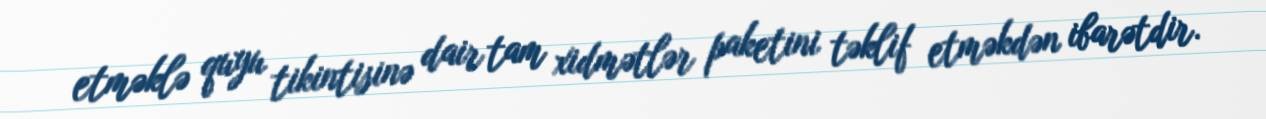
etməklə quyu tikintisinə dair tam xidmətlər paketini təklif etməkdən ibarətdir.